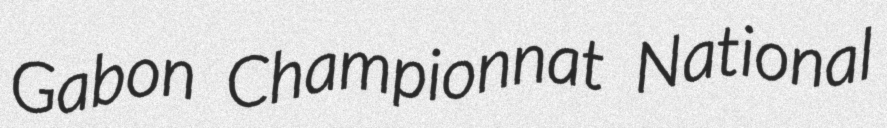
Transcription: Gabon Championnat National